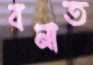
বনাত